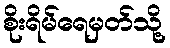
စိုးရိမ်ရေမှတ်သို့